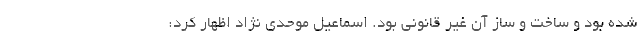
شده بود و ساخت و ساز آن غیر قانونی بود. اسماعیل موحدی نژاد اظهار کرد: